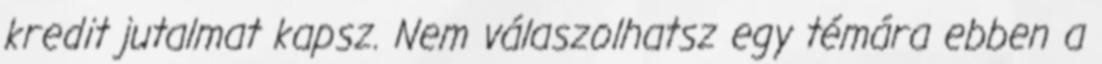
kredit jutalmat kapsz. Nem válaszolhatsz egy témára ebben a